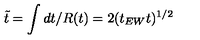
\tilde { t } = \int d t / R ( t ) = 2 ( t _ { E W } t ) ^ { 1 / 2 }